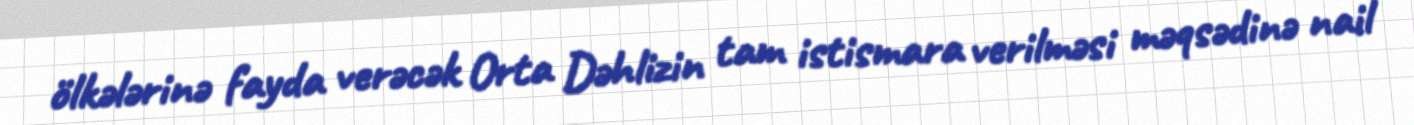
ölkələrinə fayda verəcək Orta Dəhlizin tam istismara verilməsi məqsədinə nail